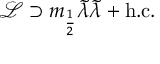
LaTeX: { \mathcal { L } } \supset m _ { \frac { 1 } { 2 } } { \tilde { \lambda } } { \tilde { \lambda } } + { \mathrm { h . c . } }